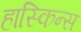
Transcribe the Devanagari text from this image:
हास्किन्स